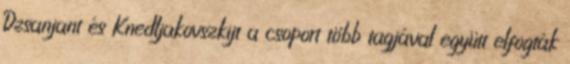
Dzsanjant és Knedljakovszkijt a csoport több tagjával együtt elfogták